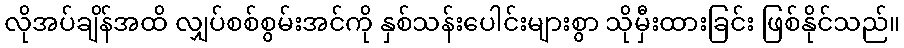
လိုအပ်ချိန်အထိ လျှပ်စစ်စွမ်းအင်ကို နှစ်သန်းပေါင်းများစွာ သိုမှီးထားခြင်း ဖြစ်နိုင်သည်။